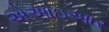
એઆઇઆર